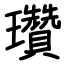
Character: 瓚